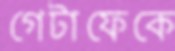
গেটাফেকে